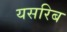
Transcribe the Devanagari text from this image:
यसरिब